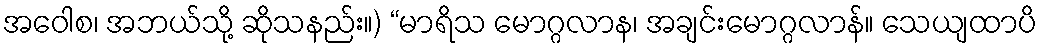
အဝေါစ၊ အဘယ်သို့ ဆိုသနည်း။) “မာရိသ မောဂ္ဂလာန၊ အချင်းမောဂ္ဂလာန်။ သေယျထာပိ